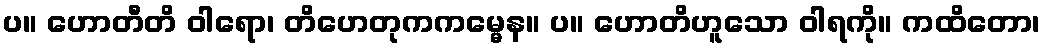
ပ။ ဟောတီတိ ဝါရော၊ တိဟေတုကကမ္မေန။ ပ။ ဟောတိဟူသော ဝါရကို။ ကထိတော၊